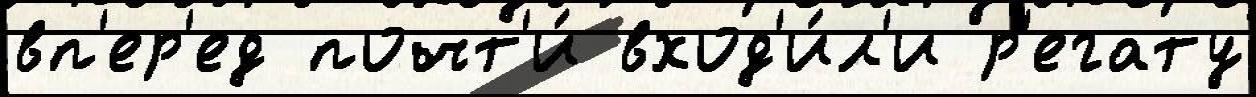
вп'ер'ед почт'и́ вход'и́л'и р'егату